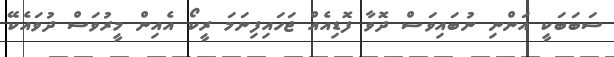
ސަބަބަކީ އަންނި ނުބައިވަސް ދޮވާ ފޮޑިއެއް ޖަހައިފިނަމަ ރީކޯ އެއިން މީރުވަސް ދުވައެކޭ